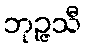
ဘုဉ္ဇသီ